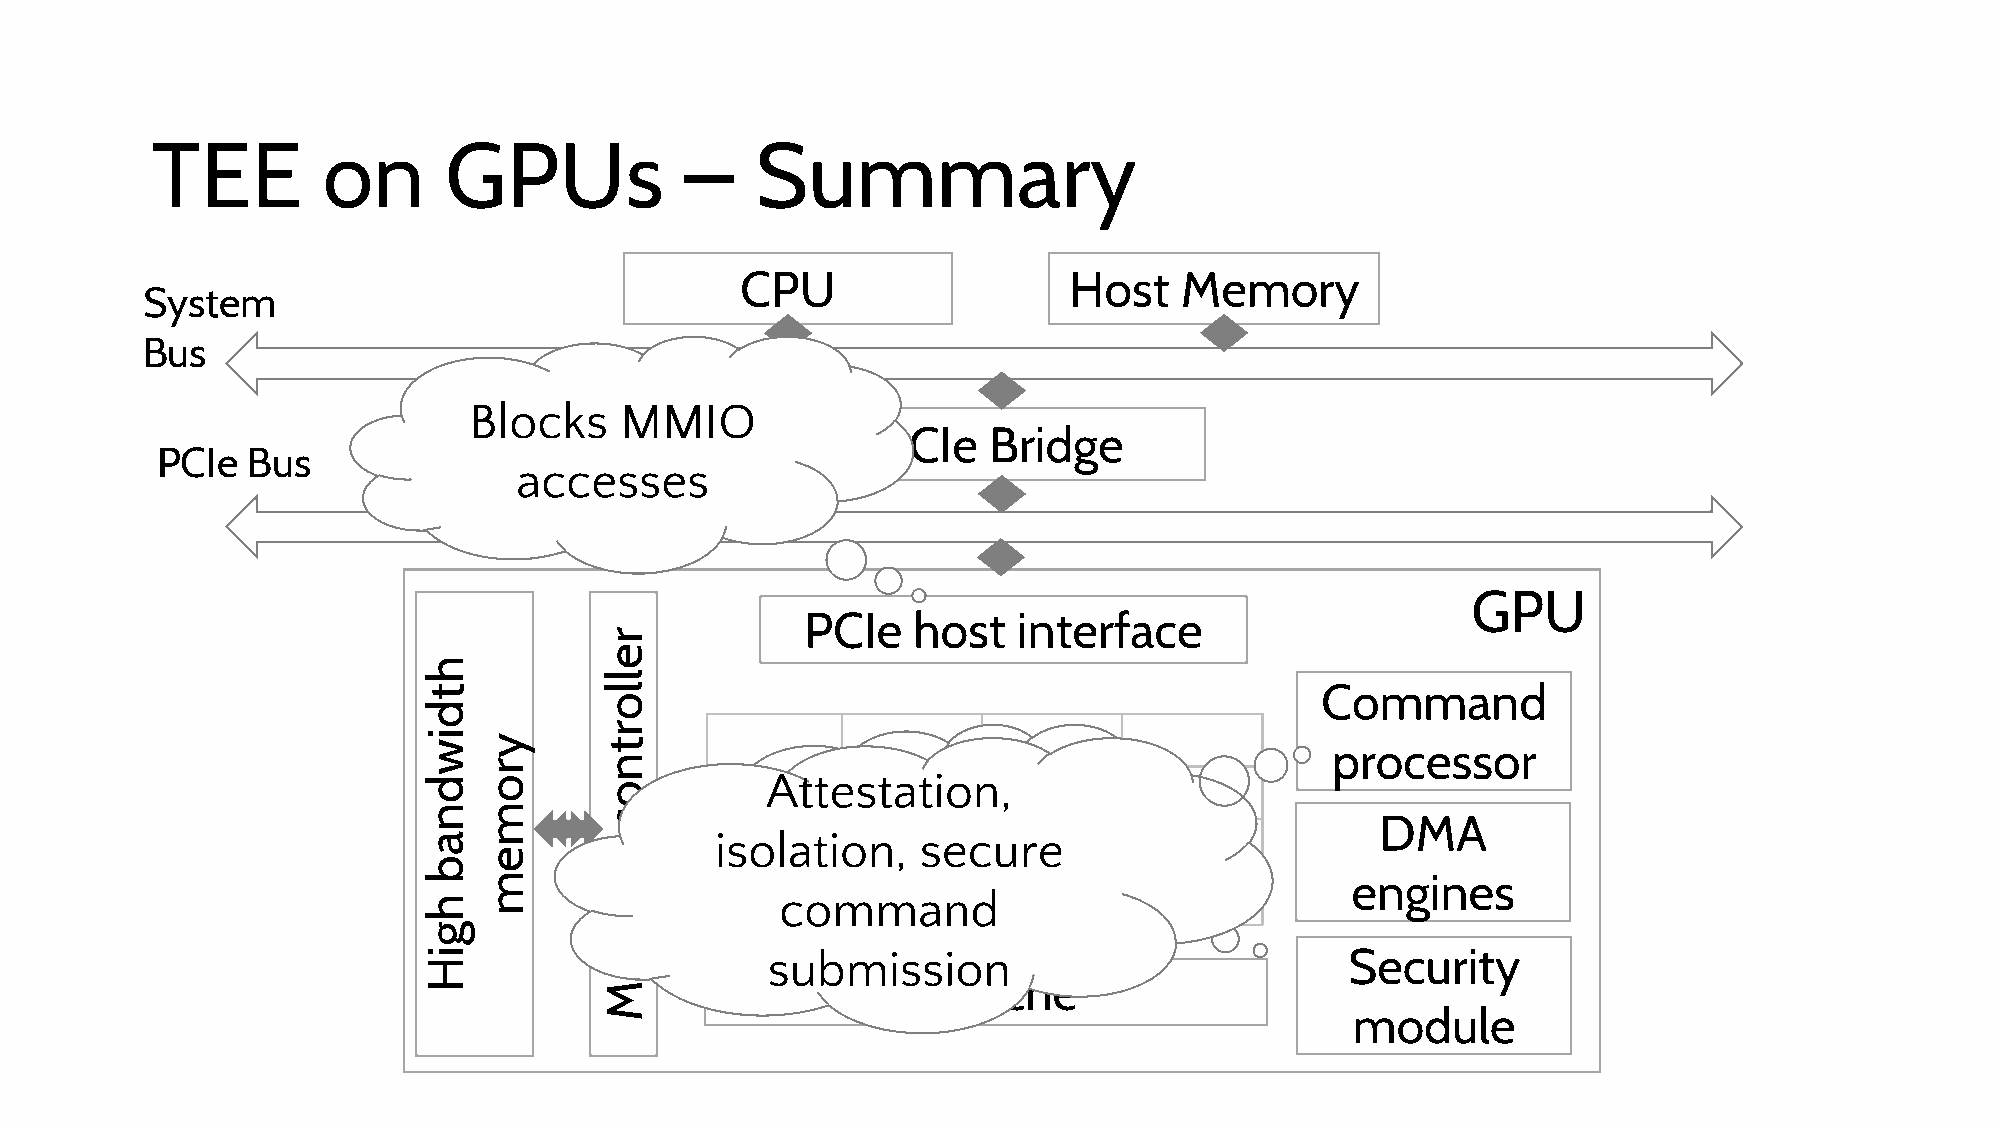
TEE        on      GPUs            –    Summary
 CPU                   Host   Memory
 System
 Bus
 Blocks    MMIO
 PCIe   Bridge
 PCIe  Bus
 accesses
 GPU
 PCIe   host   interface
 Command
 processor
 PUF,    ECDSA
 Attestation,
 DMA
 key   gen,
 isolation,    secure
 engines
 signing
 command
 submission                            Security
 L2  cache
 module
 htdiwdnab
 hgiH
 yromem
 rellortnoc
 yromeM